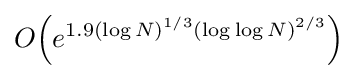
O\!\left(e^{1.9(\log N)^{1/3}(\log \log N)^{2/3}}\right)